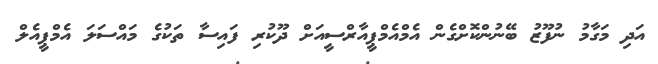
އަދި މަގާމު ނުފޫޒު ބޭނުންކޮށްގެން އެމްއެމްޕީއާރްސީއަށް ދޫކުރި ފައިސާ ތަކުގެ މައްސަލަ އެމްޕީއެލް